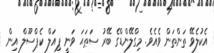
އެކުލެވޭ ތަންތަން ވެއެވެ. މިގްލޭންޑްގެ ބޭރު ސަޠަޙަ ވަނީ ޕިއަލް ކެޕްސޫލް އިން